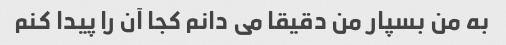
به من بسپار من دقیقا می دانم کجا آن را پیدا کنم